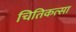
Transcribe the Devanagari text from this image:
चितिकत्सा